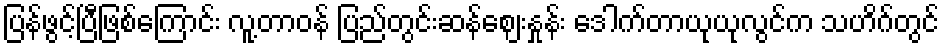
ပြန်ဖွင့်ပြီဖြစ်ကြောင်း လူ့တာဝန် ပြည်တွင်းဆန်ဈေးနှုန်း ဒေါက်တာယုယုလွင်က သဟိဂ်တွင်